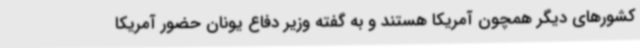
کشورهای دیگر همچون آمریکا هستند و به گفته وزیر دفاع یونان حضور آمریکا